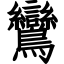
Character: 鸞